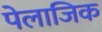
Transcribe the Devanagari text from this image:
पेलाजिक